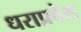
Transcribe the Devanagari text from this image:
धराप्रवेश